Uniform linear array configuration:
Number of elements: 12
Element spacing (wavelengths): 0.5
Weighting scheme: cosine
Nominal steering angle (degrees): -15
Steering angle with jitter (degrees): -14.102
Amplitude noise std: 0.05
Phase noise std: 0.05

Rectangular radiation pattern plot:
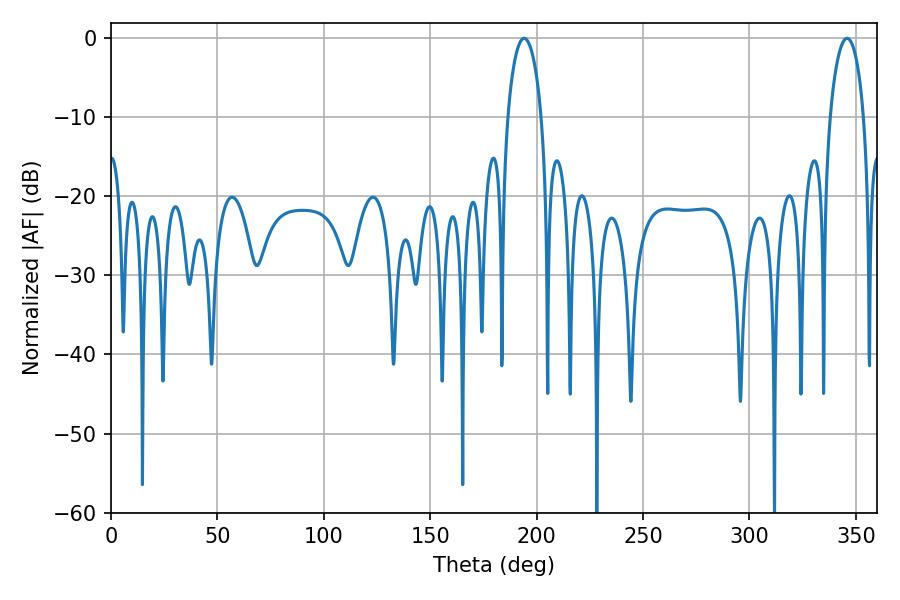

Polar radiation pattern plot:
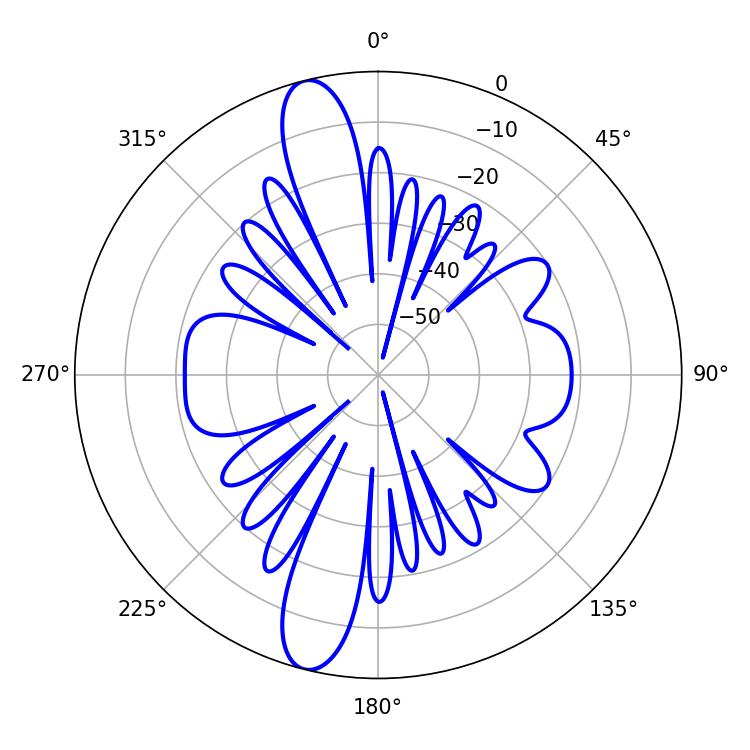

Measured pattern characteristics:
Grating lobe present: FALSE
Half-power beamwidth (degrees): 9
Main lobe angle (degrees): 194.22